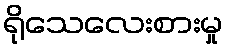
ရိုသေလေးစားမှု